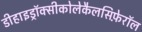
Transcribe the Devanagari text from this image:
डीहाइड्रॉक्सीकोलेकैलसिफ़ेरॉल